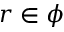
r \in \phi